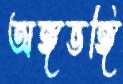
অঙ্গভঙ্গি